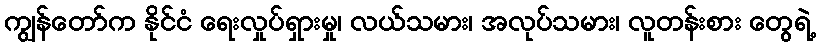
ကျွန်တော်က နိုင်ငံ ရေးလှုပ်ရှားမှု၊ လယ်သမား၊ အလုပ်သမား၊ လူတန်းစား တွေရဲ့